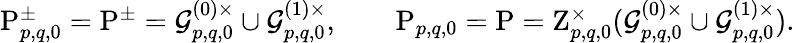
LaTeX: \begin{array}{r}{\mathrm{P}_{p,q,0}^{\pm}=\mathrm{P}^{\pm}=\mathcal{G}_{p,q,0}^{(0)\times}\cup\mathcal{G}_{p,q,0}^{(1)\times},\qquad\mathrm{P}_{p,q,0}=\mathrm{P}=\mathrm{Z}_{p,q,0}^{\times}(\mathcal{G}_{p,q,0}^{(0)\times}\cup\mathcal{G}_{p,q,0}^{(1)\times}).}\end{array}